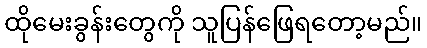
ထိုမေးခွန်းတွေကို သူပြန်ဖြေရတော့မည်။